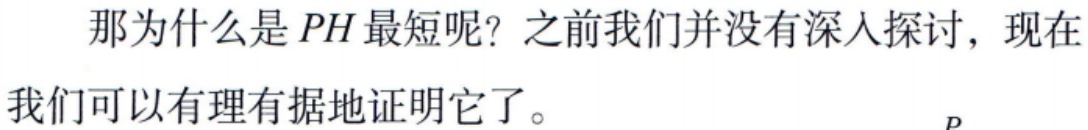
那为什么是 \(PH\) 最短呢？之前我们并没有深入探讨，现在我们可以有理有据地证明它了。